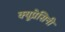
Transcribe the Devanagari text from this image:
क्यूप्रेसिनी